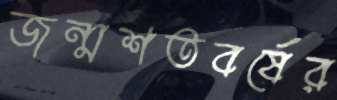
জন্মশতবর্ষের